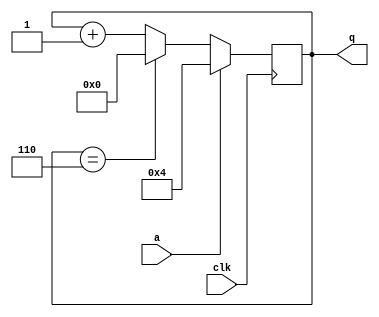
//2022_11_10 kerong
//Sequential circuit 9
module top_module (
    input clk,
    input a,
    output reg [3:0] q );

    always @(posedge clk)begin
        if(a)begin
            q <= 4'd4;
        end
        else if(q == 4'd6)begin
            q <= 4'd0;
        end
        else begin
            q <= q + 4'd1;
        end
    end

endmodule